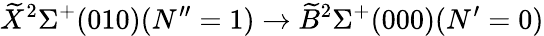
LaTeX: \widetilde{X}^{2}\Sigma^{+}(010)(N^{\prime\prime}=1)\rightarrow\widetilde{B}^{2}\Sigma^{+}(000)(N^{\prime}=0)